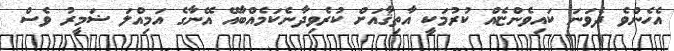
އެހެންވެ ދެވަނަ ކައިވެންޏެއް ކުރުމަކީ އާތިޤާއަށް ކުރެވިދާނެކަމެއްބާއޭ އޭނާގެ އަމިއްލަ ޟަމީރު ވެސް